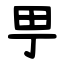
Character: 甼